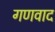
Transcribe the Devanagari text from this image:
गणवाद